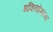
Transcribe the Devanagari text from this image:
भक्तिप्रेमाचा